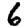
Digit: 6